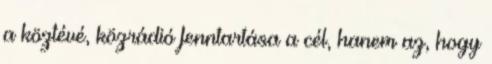
a köztévé, közrádió fenntartása a cél, hanem az, hogy